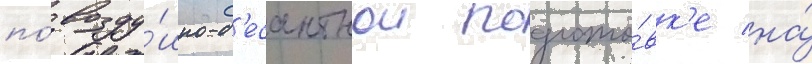
по́ возду́шно-д'есантнои подгото́вк'е на́